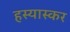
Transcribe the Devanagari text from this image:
हस्यास्कर